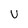
Character: u